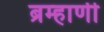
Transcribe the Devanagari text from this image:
ब्रम्हाणी